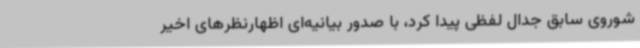
شوروی سابق جدال لفظی پیدا کرد، با صدور بیانیه‌ای اظهارنظرهای اخیر